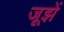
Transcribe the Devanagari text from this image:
जूझें